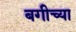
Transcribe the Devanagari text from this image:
बगीच्या